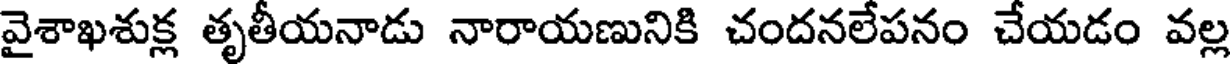
వైశాఖశుక్ల తృతీయనాడు నారాయణునికి చందనలేపనం చేయడం వల్ల